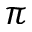
\pi